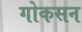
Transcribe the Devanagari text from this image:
गोकसन